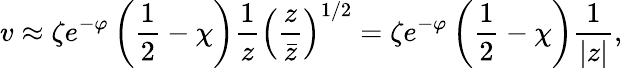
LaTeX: v\approx\zeta e^{-\varphi}\left(\frac{1}{2}-\chi\right)\frac{1}{z}\left(\frac{z}{\bar{z}}\right)^{1/2}=\zeta e^{-\varphi}\left(\frac{1}{2}-\chi\right)\frac{1}{|z|},